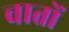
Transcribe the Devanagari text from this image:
वातों